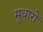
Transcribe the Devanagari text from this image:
सुधारोँ